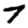
Digit: 7